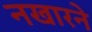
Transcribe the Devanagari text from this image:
नखारने